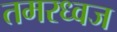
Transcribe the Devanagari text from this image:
तमरध्वज